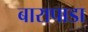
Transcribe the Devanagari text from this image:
बारापाडा